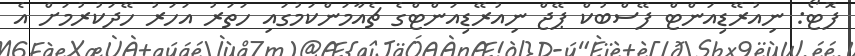
ފޮޓޯ: ނިއުރޭޑިއަންޓް ފޭސްބުކް ޕޭޖް ނިއުރޭޑިއަންޓްގެ ޗެއާމަންކަމުގައި ހަތަރު އަހަރު ހޭދަކުރުމަށް އެ